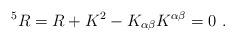
LaTeX: \begin{align*}^5R = R + K^2 - K_{\alpha\beta}K^{\alpha\beta} = 0 ~.\end{align*}